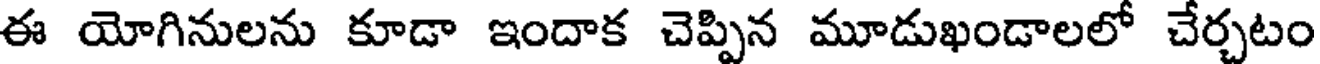
ఈ యోగినులను కూడా ఇందాక చెప్పిన మూడుఖండాలలో చేర్చటం